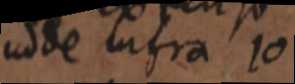
adde infra 10